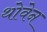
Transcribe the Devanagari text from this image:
थोवेन